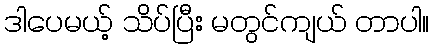
ဒါပေမယ့် သိပ်ပြီး မတွင်ကျယ် တာပါ။